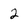
Character: 2